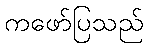
ကဖော်ပြသည်